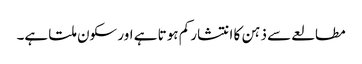
مطالعے سے ذہن کا انتشار کم ہوتا ہے اور سکون ملتا ہے۔